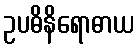
ဥပဓိနိရောဓာယ